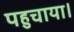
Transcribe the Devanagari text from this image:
पहुचाया।